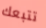
تتبعك